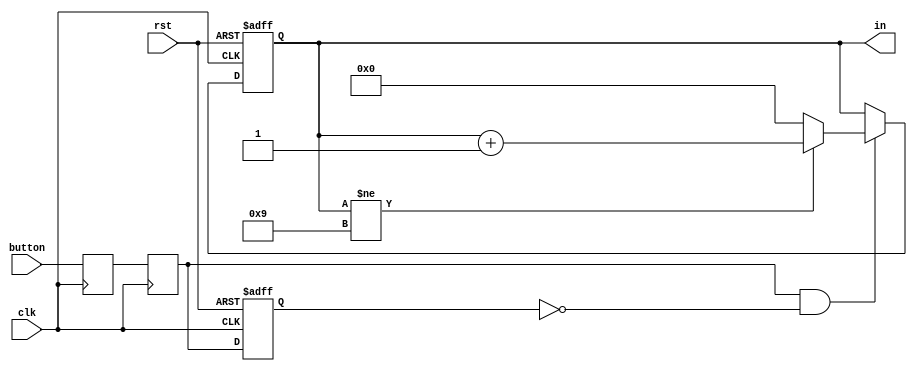
`timescale 1ns / 1ps



module increment(
input clk,
input rst,
input button,
output reg [3:0]in 

    );
   
        reg push_f;
       reg push_sync;
       reg push_sync_f;
       wire push_edge;
       
       always@(posedge clk) begin
           push_f <= button;
           push_sync <= push_f;    
       end
       
       always @(posedge clk, posedge rst) begin
       if (rst) begin
           push_sync_f <= 1'b0;
       end else begin
           push_sync_f <= push_sync;
           end
       end
       
       assign push_edge = push_sync & ~push_sync_f;
       
       always @(posedge clk, posedge rst)
       begin
       if(rst)begin
       
       in<=0;
       end
       else if (push_edge)
       begin
          if (in!=9)
          in<=in+1;
          else
          in<=0;
          end
      end
endmodule